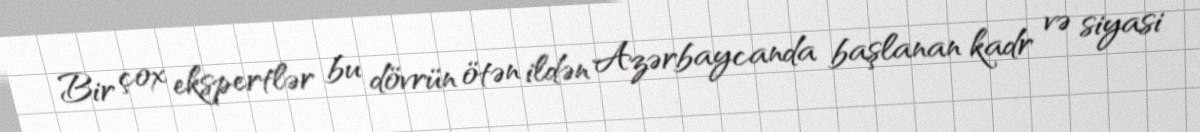
Bir çox ekspertlər bu dövrün ötən ildən Azərbaycanda başlanan kadr və siyasi